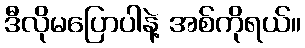
ဒီလိုမပြောပါနဲ့ အစ်ကိုရယ်။